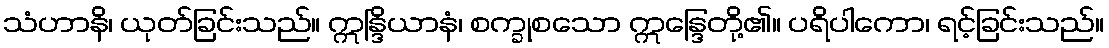
သံဟာနိ၊ ယုတ်ခြင်းသည်။ ဣန္ဒြိယာနံ၊ စက္ခုစသော ဣန္ဒြေတို့၏။ ပရိပါကော၊ ရင့်ခြင်းသည်။